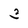
Character: 3